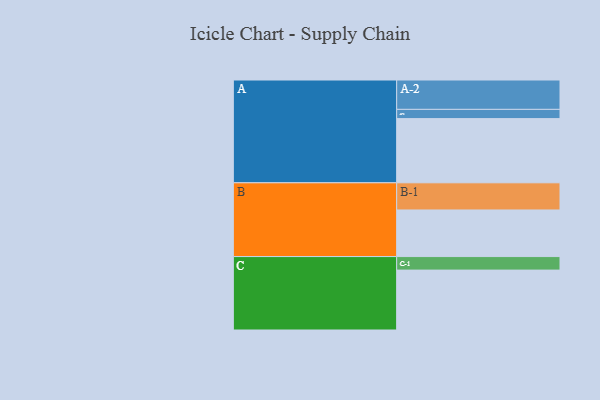
{"axis": {"x": "Segment", "y": "Value"}, "legend": ["", "A", "B", "C"], "data": [{"x": "A", "y": 555, "type": ""}, {"x": "B", "y": 403, "type": ""}, {"x": "C", "y": 518, "type": ""}, {"x": "A-1", "y": 80, "type": "A"}, {"x": "A-2", "y": 254, "type": "A"}, {"x": "B-1", "y": 235, "type": "B"}, {"x": "C-1", "y": 117, "type": "C"}]}